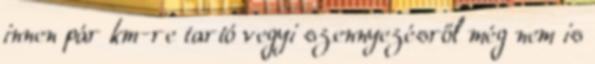
innen pár km-re tartó vegyi szennyezésről még nem is